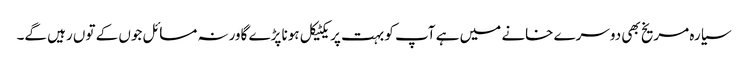
سیارہ مریخ بھی دوسرے خانے میں ہے آپ کو بہت پریکٹیکل ہونا پڑے گاورنہ مسائل جوں کے توں رہیں گے۔